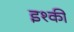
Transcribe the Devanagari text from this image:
इश्की